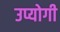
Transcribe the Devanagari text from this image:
उप्योगी